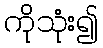
ကိုသုံး၍